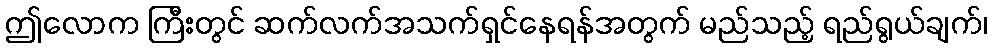
ဤလောက ကြီးတွင် ဆက်လက်အသက်ရှင်နေရန်အတွက် မည်သည့် ရည်ရွယ်ချက်၊